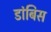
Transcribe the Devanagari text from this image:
डांबिस